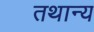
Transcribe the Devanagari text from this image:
तथान्य